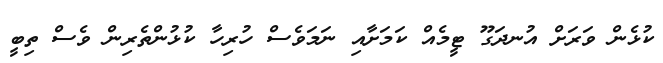
ކުޅެން ވަރަށް އުނދަގޫ ޓީމެއް ކަމަށާއި ނަމަވެސް ހުރިހާ ކުޅުންތެރިން ވެސް ތިބީ